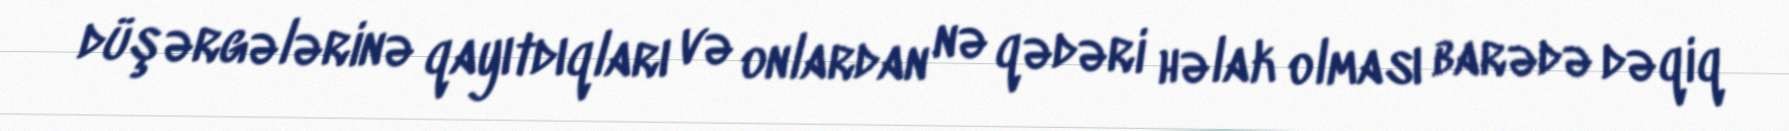
düşərgələrinə qayıtdıqları və onlardan nə qədəri həlak olması barədə dəqiq